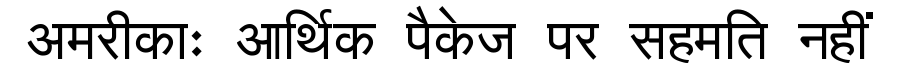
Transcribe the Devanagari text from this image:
अमरीकाः आर्थिक पैकेज पर सहमति नहीं